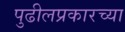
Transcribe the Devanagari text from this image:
पुढीलप्रकारच्या